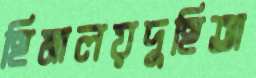
হিমালয়দুহিতা